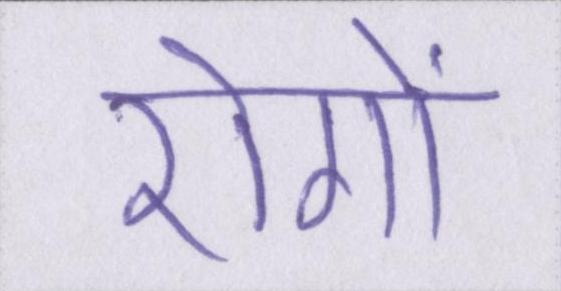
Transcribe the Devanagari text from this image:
रोगों